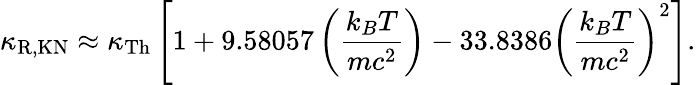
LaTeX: \kappa_{\mathrm{R,KN}}\approx\kappa_{\mathrm{Th}}\left[1+9.58057\left(\frac{k_{B}T}{mc^{2}}\right)-33.8386\left(\frac{k_{B}T}{mc^{2}}\right)^{2}\right].